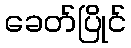
ခေတ်ပြိုင်